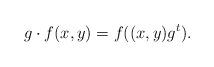
LaTeX: \begin{align*}g\cdot f(x,y) = f((x,y)g^t).\end{align*}